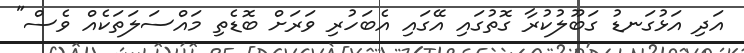
އަދި އަޅުގަނޑު ގަބޫލުކުރާ ގޮތުގައި އޭގައި އެބަހުރި ވަރަށް ބޮޑެތި މައްސަލަތަކެއް ވެސް"